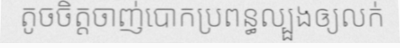
តូចចិត្តចាញ់បោកប្រពន្ធល្បួងឲ្យលក់